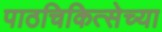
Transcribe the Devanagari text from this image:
पाठचिकित्सेच्या